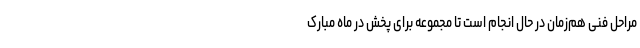
مراحل فنی هم‌زمان در حال انجام است تا مجموعه برای پخش در ماه مبارک